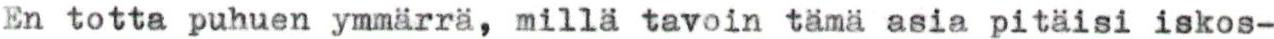
En totta puhuen ymmärrä, millä tavoin tämä asia pitäisi iskos-